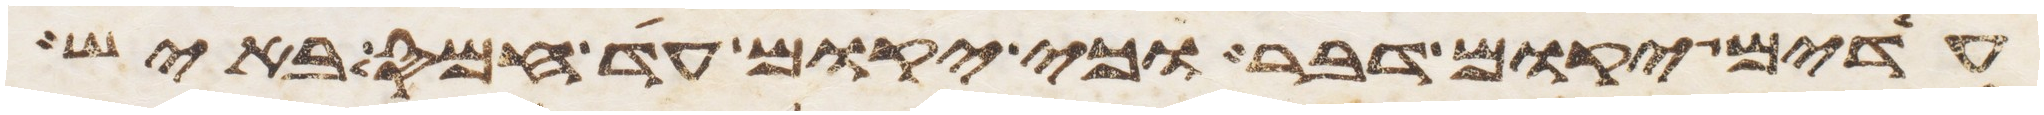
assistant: עדים יקום דבר וכי יקום עד חמס באיש